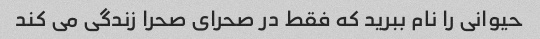
حیوانی را نام ببرید که فقط در صحرای صحرا زندگی می کند